Senior Leaving Certificate Examination (including Day School Certificate (Higher) General paper), 1947
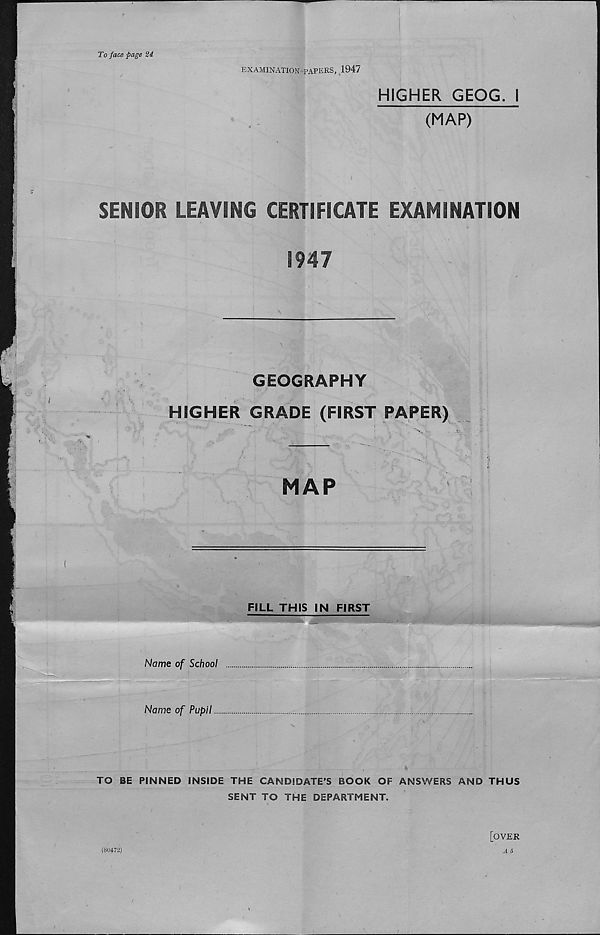
To face page 2i
EXAMINATION PAPERS, 1947
HIGHER GEOG. 1
(MAP)
SENIOR LEAVING CERTIFICATE EXAMINATION
1947
GEOGRAPHY
HIGHER GRADE (FIRST PAPER)
"v.
MAP
FILL THIS IN FIRST
Nome of School
Name of Pupil
TO BE PINNED INSIDE THE CANDIDATE'S BOOK OF ANSWERS AND THUS
SENT TO THE DEPARTMENT.
[OVER
A 5
(80472)